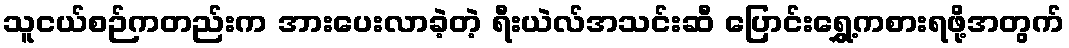
သူငယ်စဉ်ကတည်းက အားပေးလာခဲ့တဲ့ ရီးယဲလ်အသင်းဆီ ပြောင်းရွှေ့ကစားရဖို့အတွက်